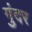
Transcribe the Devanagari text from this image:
गुंदर